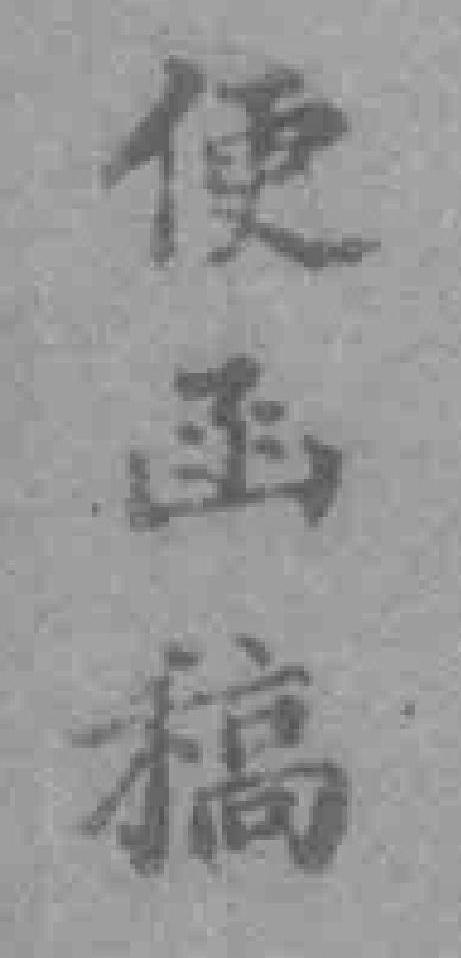
便函稿